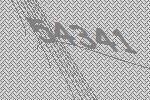
54341